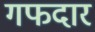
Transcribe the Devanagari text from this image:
गफदार